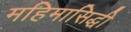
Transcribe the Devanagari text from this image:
महिमासिद्धी